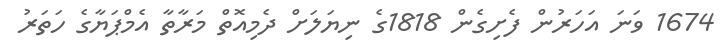
1674 ވަނަ އަހަރުން ފެށިގެން 1818ގެ ނިޔަލަށް ދެމިއޮތް މަރާތާ އެމްޕަޔާގެ ހަތަރު